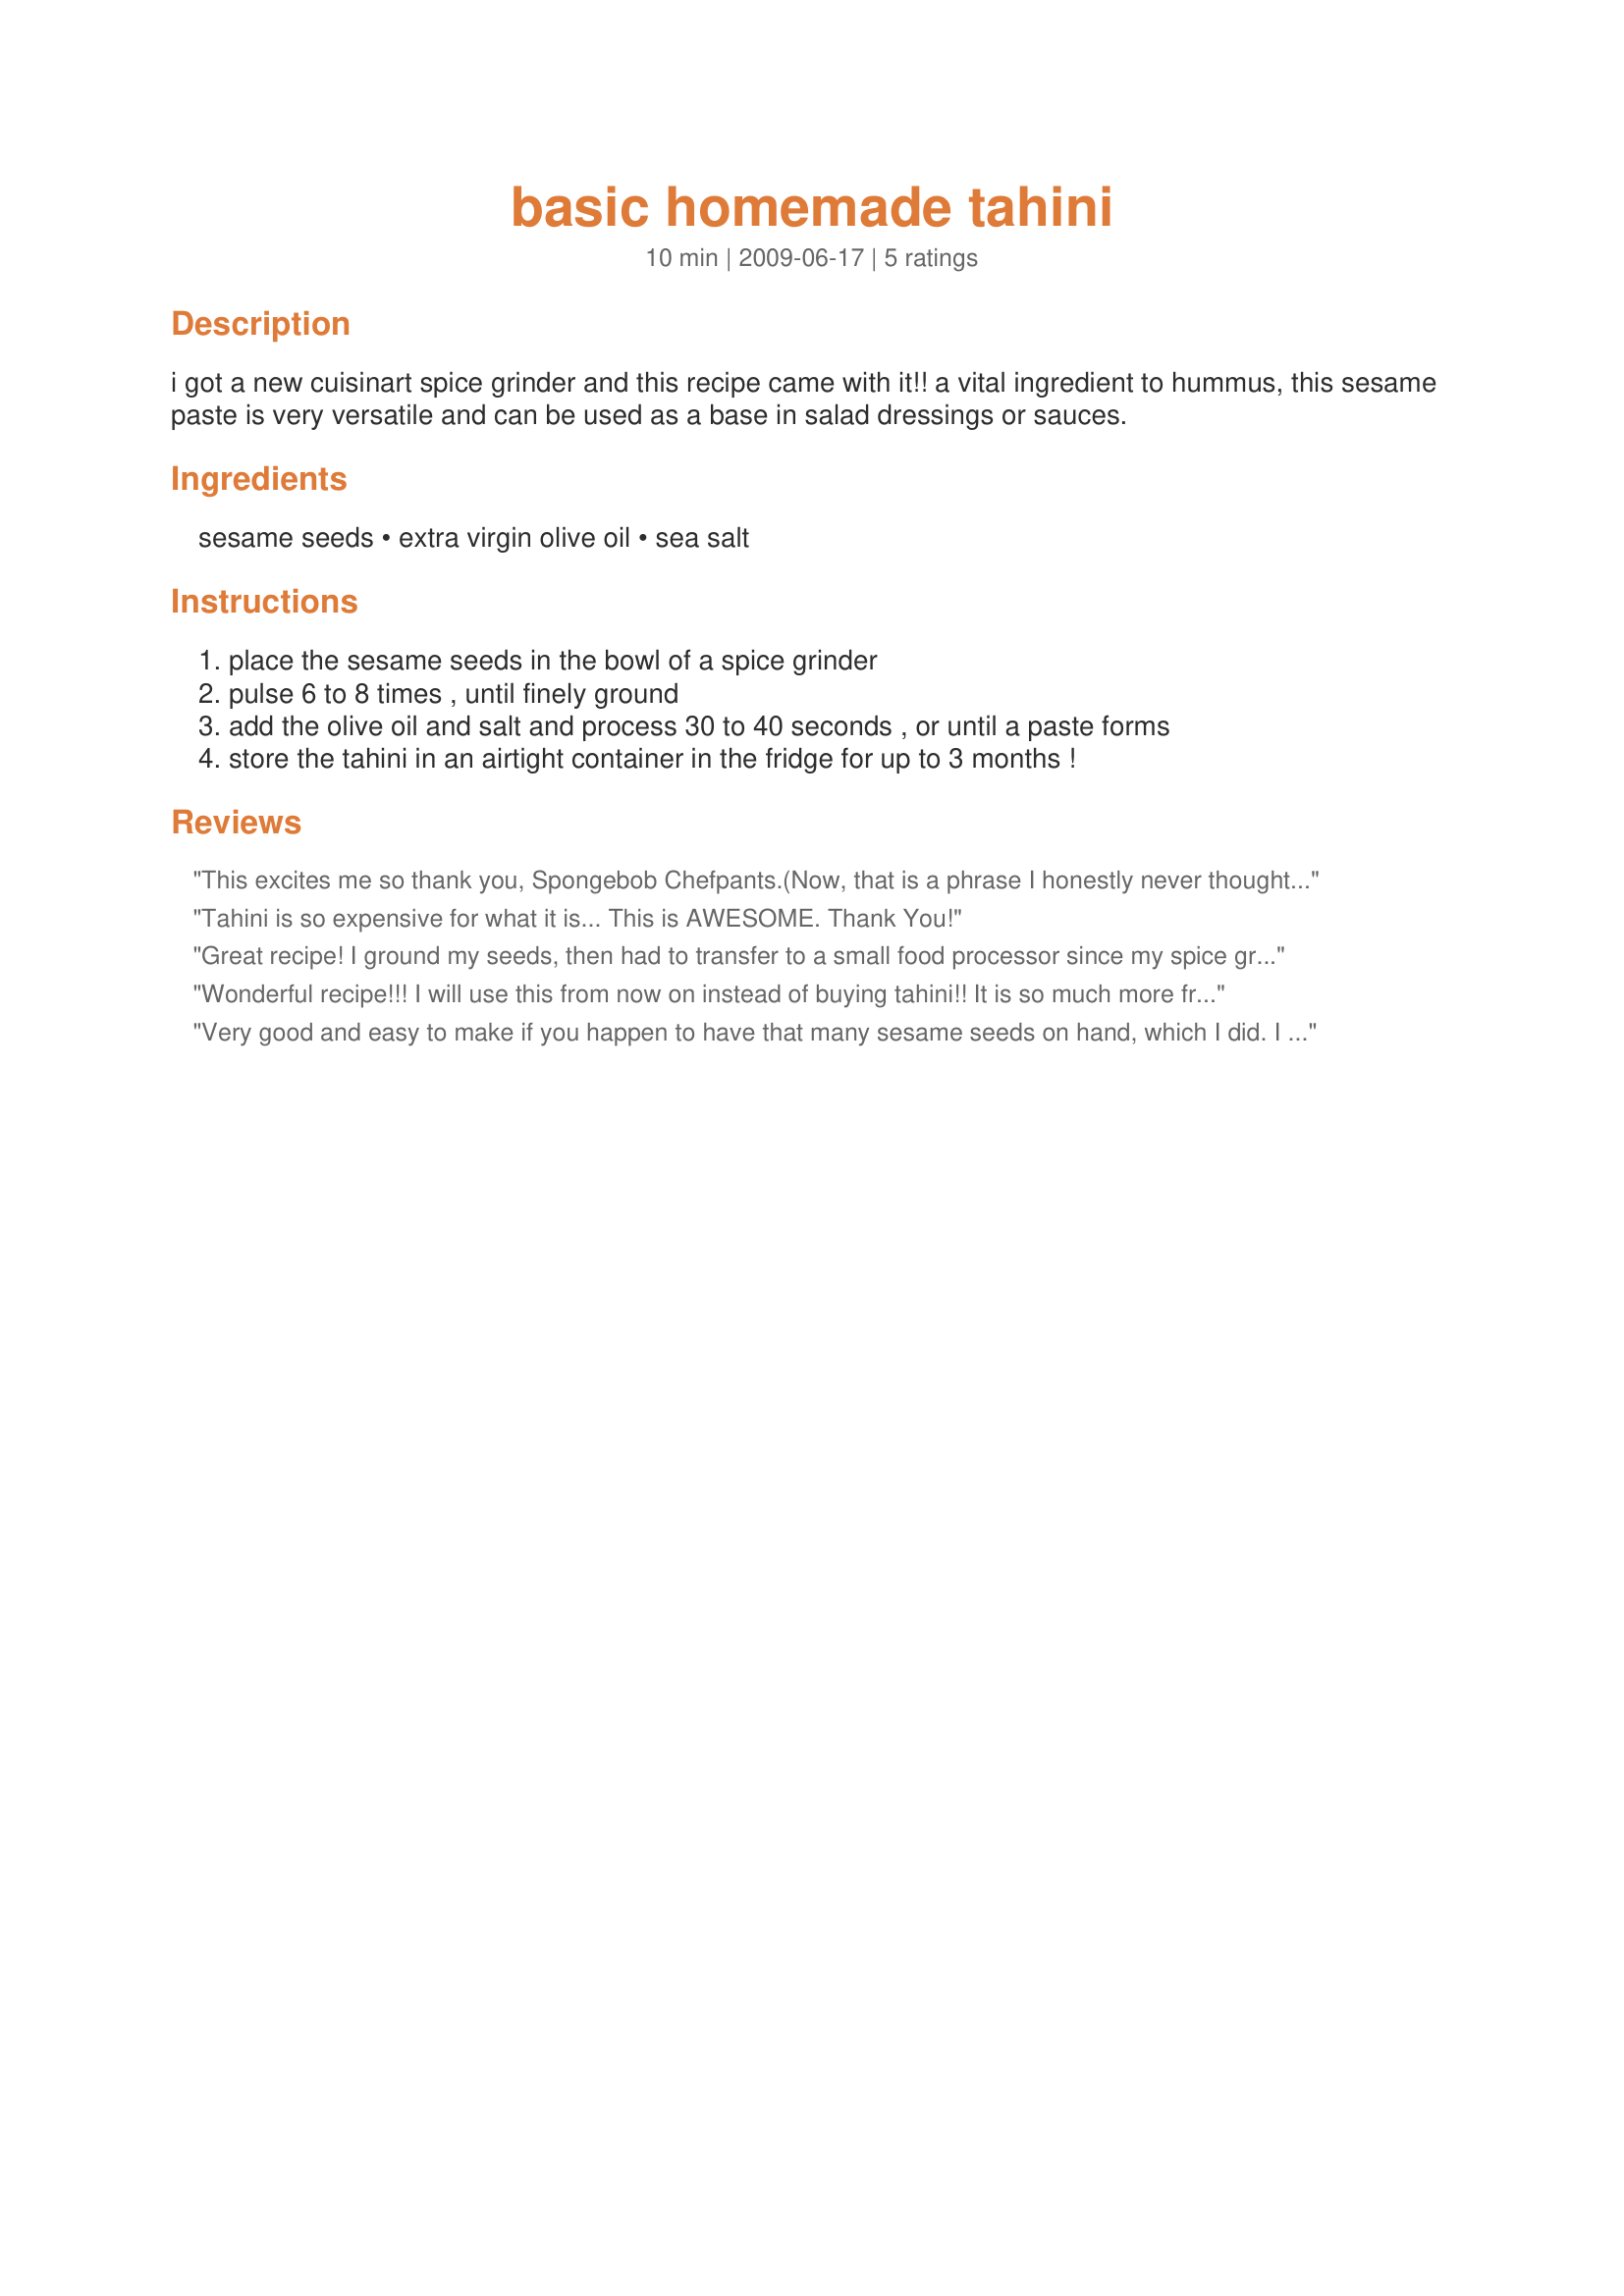
basic homemade tahini
Preparation time: 10 minutes

i got a new cuisinart spice grinder and this recipe came with it!!
a vital ingredient to hummus, this sesame paste is very versatile and can be used as a base in salad dressings or sauces.

Ingredients:
sesame seeds, extra virgin olive oil, sea salt

Steps:
place the sesame seeds in the bowl of a spice grinder, pulse 6 to 8 times , until finely ground, add the olive oil and salt and process 30 to 40 seconds , or until a paste forms, store the tahini in an airtight container in the fridge for up to 3 months !

Reviews:
This excites me so thank you, Spongebob Chefpants.(Now, that is a phrase I honestly never thought I'd write.)
Tahini is so expensive for what it is... This is AWESOME. Thank You!
Great recipe! I ground my seeds, then had to transfer to a small food processor since my spice grinder doesn't handle liquids. This needed about 1/4 cup of water to reach the smoother texture I wanted, but the finished tahini tastes *great* in my new batch of hummus. My mom tried the tahini and immediately said she preferred it to the storebought stuff! Thank you very much :)))
Wonderful recipe!!! I will use this from now on instead of buying tahini!! It is so much more fresh and makes the hummus or whatever you are using it for taste so much better!! Thanks for posting!!
Very good and easy to make if you happen to have that many sesame seeds on hand, which I did. I had to run mine in the mini food processor a lot more than 6-8 whirls to get it finely ground, and I had to add almost double the amount of olive oil to get it to the right consistency, but the result was delicious and very fresh tasting. I used light flavored olive oil so it wouldn&#039;t taste strongly of olive oil and I&#039;m glad I did. No more store bought tahini for me. Not only is it hard to find, it super expensive! Thanks.
